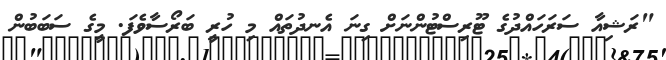
"ރަޝިއާ ސަރަހައްދުގެ ޓޫރިސްޓުންނަށް ގިނަ އެނދުތައް މި ހުރީ ބަރޯސާވެފަ. މީގެ ސަބަބުން